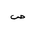
Letter: _sad